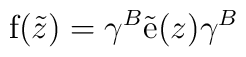
{\rm f}(\tilde{z})=\gamma^{B}\tilde{{\rm e}}(z)\gamma^{B}